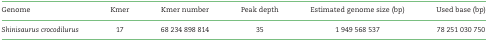
| Genome | Kmer | Kmer number | Peak depth | Estimated genome size (bp) | Used base (bp) |
 | --- | --- | --- | --- | --- | --- |
 | Shinisaurus crocodilurus | 17 | 68 234 898 814 | 35 | 1 949 568 537 | 78 251 030 750 |